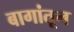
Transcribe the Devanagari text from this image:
बागांतून